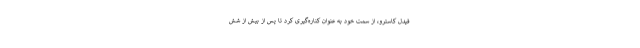
فیدل کاسترو، از سمت خود به عنوان کناره‌گیری کرد تا پس از بیش از شش